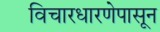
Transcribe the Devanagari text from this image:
विचारधारणेपासून